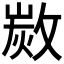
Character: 𢾡